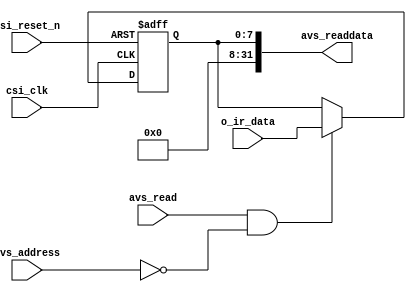
//---------------------------------------------------------------------------
//-- 		:	zircon_avalon_ir_register.v
//-- 		:	IP
//-- 	:	2014-1-1
//-- 		:	Zircon Opto-Electronic Technology CO.,Ltd.
//---------------------------------------------------------------------------
module zircon_avalon_ir_register
(
	//
	csi_clk,rsi_reset_n,
	//Avalon-MM
	avs_address,avs_read,avs_readdata,
	//
	o_ir_data
);

input 					csi_clk;					//
input						rsi_reset_n;			//
input						avs_address;			//Avalon
input						avs_read;				//Avalon
output		[31:0]	avs_readdata;			//Avalon
input			[ 7:0]	o_ir_data;				//

reg			[ 7:0]	data_reg;				//Avalon
reg			[ 7:0]	data_reg_n;				//data_reg

//,data_reg
always @ (posedge csi_clk or negedge rsi_reset_n)
begin
	if(!rsi_reset_n)								//
		data_reg <= 8'h00;						//data_reg
	else
		data_reg <= data_reg_n;					//data_reg
end

//,08
always @ (*)
begin
	if((avs_read) && (avs_address == 1'b0))//
		data_reg_n = o_ir_data;					//,data_reg_n
	else
		data_reg_n = data_reg;					//
end

assign avs_readdata = {24'h0,data_reg};	//Avalon

endmodule